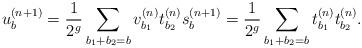
LaTeX: \begin{align*} u_b^{(n+1)} = \frac{1}{2^g} \sum_{b_1 + b_2 = b} v_{b_1}^{(n)} t_{b_2}^{(n)} s_b^{(n+1)} = \frac{1}{2^g} \sum_{b_1 + b_2 = b} t_{b_1}^{(n)} t_{b_2}^{(n)}.\end{align*}